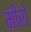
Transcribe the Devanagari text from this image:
मीरों